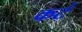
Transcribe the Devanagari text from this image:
कटं